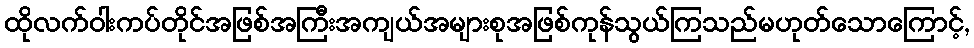
ထိုလက်ဝါးကပ်တိုင်အဖြစ်အကြီးအကျယ်အများစုအဖြစ်ကုန်သွယ်ကြသည်မဟုတ်သောကြောင့်,